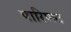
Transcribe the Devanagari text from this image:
पारिणत